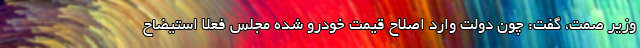
وزیر صمت، گفت: چون دولت وارد اصلاح قیمت خودرو شده مجلس فعلا استیضاح